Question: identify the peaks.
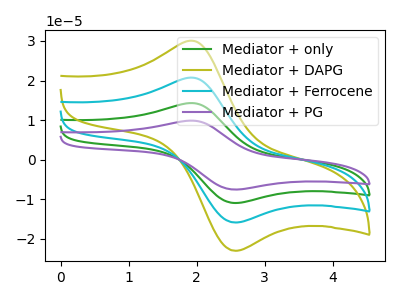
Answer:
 <answer>The green curve "Mediator + only" has an anodic peak at (1.95V, 41.45uA) and a cathodic peak at (2.55V, -31.80uA). The olive curve "Mediator + DAPG" has an anodic peak at (1.95V, 30.05uA) and a cathodic peak at (2.55V, -23.05uA). The cyan curve "Mediator + Ferrocene" has an anodic peak at (1.95V, 20.70uA) and a cathodic peak at (2.55V, -15.90uA). The purple curve "Mediator + PG" has an anodic peak at (1.95V, 62.15uA) and a cathodic peak at (2.55V, -47.65uA).</answer>
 <eval></eval>